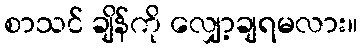
စာသင် ချိန်ကို လျှော့ချရမလား။